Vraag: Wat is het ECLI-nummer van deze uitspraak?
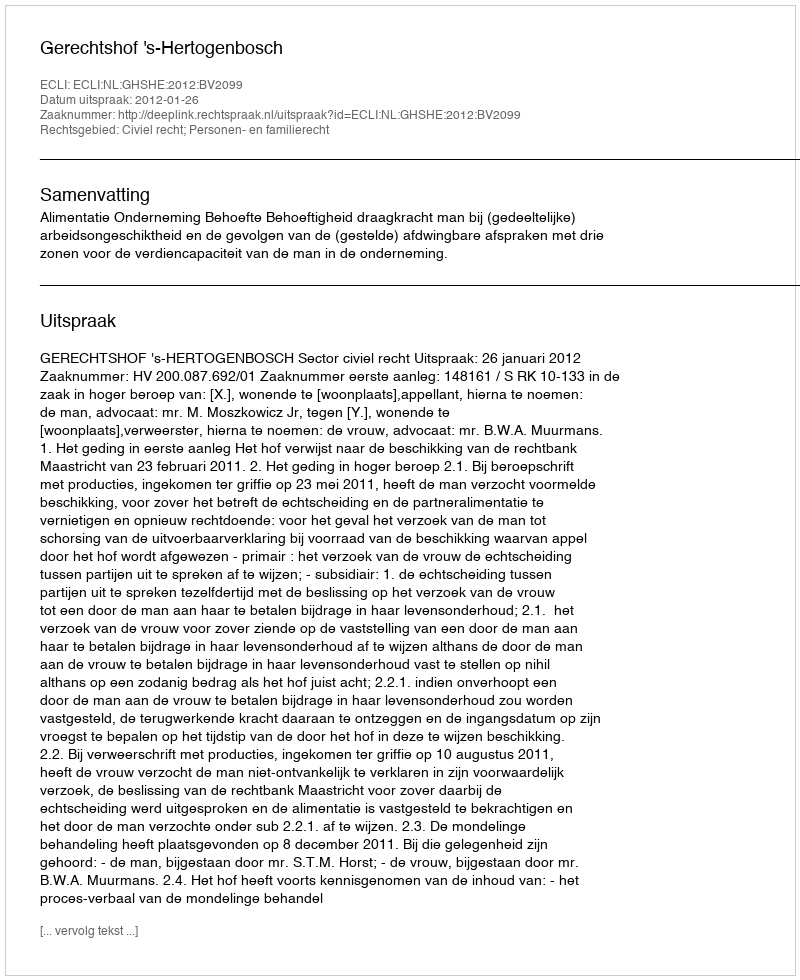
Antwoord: ECLI:NL:GHSHE:2012:BV2099